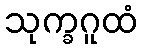
သုက္ခဂူထံ